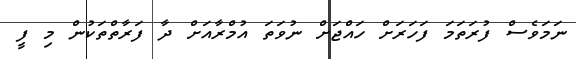
ނަމަވެސް ފުރަތަމަ ފަހަރަށް ހައްޖަށް ނުވަތަ އުމްރާއަށް ދާ ފަރާތްތަކުން މި ފީ